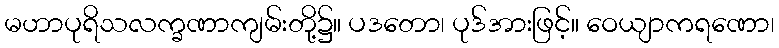
မဟာပုရိသလက္ခဏာကျမ်းတို့၌။ ပဒတော၊ ပုဒ်အားဖြင့်။ ဝေယျာကရဏော၊